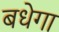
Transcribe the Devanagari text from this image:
बधेगा